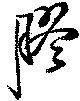
膠